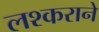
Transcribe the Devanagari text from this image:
लश्कराने